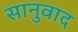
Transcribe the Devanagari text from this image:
सानुवाद